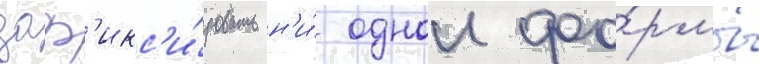
заф'икс'и́ровать н'и́ однои фо́рмы